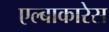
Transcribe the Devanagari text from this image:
एल्बाकारेस